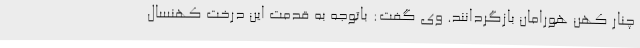
چنار کهن هورامان بازگردانند. وی گفت: باتوجه به قدمت این درخت کهنسال